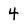
Character: 4